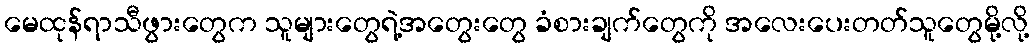
မေထုန်ရာသီဖွားတွေက သူများတွေရဲ့အတွေးတွေ ခံစားချက်တွေကို အလေးပေးတတ်သူတွေမို့လို့